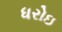
ધરોઇ